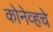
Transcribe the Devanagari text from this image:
कोनेव्हचे